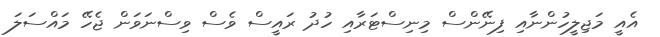
އެއީ މަޖިލީހުންނާއި ފިނޭންސް މިނިސްޓަރާއި ހުދު ރައީސް ވެސް ވިސްނަވަން ޖެހޭ މައްސަލަ